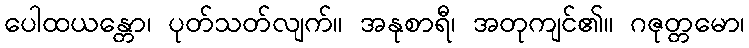
ပေါထယန္တော၊ ပုတ်သတ်လျက်။ အနုစာရီ၊ အတုကျင်၏။ ဂဇုတ္တမော၊